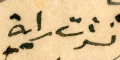
نشرت راية